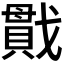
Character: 𪭖